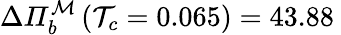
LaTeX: \Delta\mathit{\Pi}_{b}^{\mathcal{M}}\left(\mathcal{T}_{c}=0.065\right)=43.88\